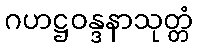
ဂဟဋ္ဌဝန္ဒနာသုတ္တံ